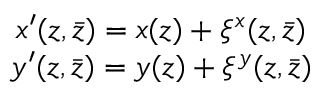
\begin{array} { c } { { x ^ { \prime } ( z , \bar { z } ) = x ( z ) + \xi ^ { x } ( z , \bar { z } ) } } \\ { { y ^ { \prime } ( z , \bar { z } ) = y ( z ) + \xi ^ { y } ( z , \bar { z } ) } } \end{array}